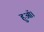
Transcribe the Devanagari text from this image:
हुऑ।